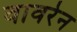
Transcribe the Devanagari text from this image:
वावरेन